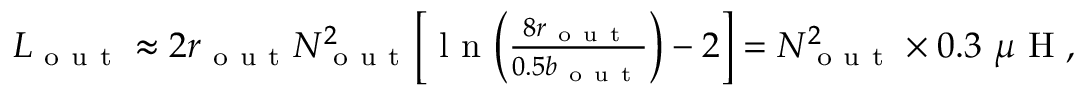
\begin{array} { r } { L _ { \mathrm { ~ o ~ u ~ t ~ } } \approx 2 r _ { \mathrm { ~ o ~ u ~ t ~ } } N _ { \mathrm { ~ o ~ u ~ t ~ } } ^ { 2 } \Big [ \mathrm { ~ l ~ n ~ } \Big ( \frac { 8 r _ { \mathrm { ~ o ~ u ~ t ~ } } } { 0 . 5 b _ { \mathrm { ~ o ~ u ~ t ~ } } } \Big ) - 2 \Big ] = N _ { \mathrm { ~ o ~ u ~ t ~ } } ^ { 2 } \times 0 . 3 ~ \mu \mathrm { ~ H ~ } , } \end{array}